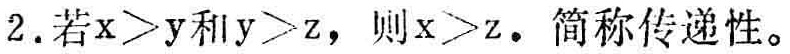
2. 若\(x > y\)和\(y > z\)，则\(x > z\)。简称传递性。